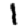
Digit: 1